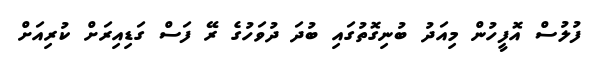
ފުލުސް އޮފީހުން މިއަދު ބުނިގޮތުގައި ބުދަ ދުވަހުގެ ރޭ ފަސް ގަޑިއިރަށް ކުރިއަށް